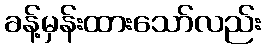
ခန့်မှန်းထားသော်လည်း